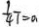
\frac { 1 } { 4 } T = a